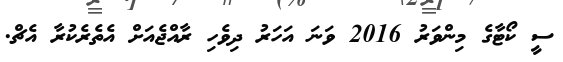
ސީ ކޯޓާގެ މިންވަރު 2016 ވަނަ އަހަރު ދިވެހި ރާއްޖެއަށް އެތެރެކުރާ އެޗް.